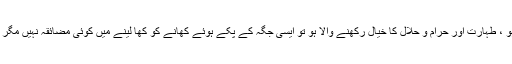
اگر بازار میں کسی ایسے آدمی کی دکان ہو یا ہوٹل ہو جو نمازی ہو ، طہارت اور حرام و حلال کا خیال رکھنے والا ہو تو ایسی جگہ کے پکے ہوئے کھانے کو کھا لینے میں کوئی مضائقہ نہیں مگر عام مشاہدہ یہی ہے کہ کام کرنے والے بے نمازی بھی ہوتے ہیں۔